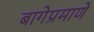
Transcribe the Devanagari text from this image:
बागेप्रमाणे